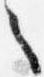
之